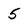
Character: 5